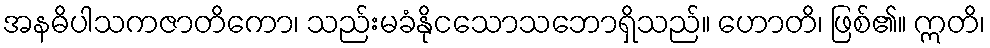
အနဓိပါသကဇာတိကော၊ သည်းမခံနိုငသောသဘောရှိသည်။ ဟောတိ၊ ဖြစ်၏။ ဣတိ၊